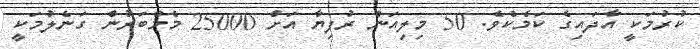
ކުރުމަކީ އާދައިގެ ކަމެކެވެ. 50 މިލިއަން ރުފިޔާ އަށް 25000 މެމްބަރުން ގަނެލުމަކީ